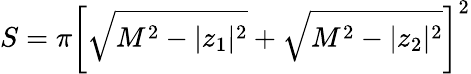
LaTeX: S=\pi\left[\sqrt{M^{2}-|z_{1}|^{2}}+\sqrt{M^{2}-|z_{2}|^{2}}\right]^{2}